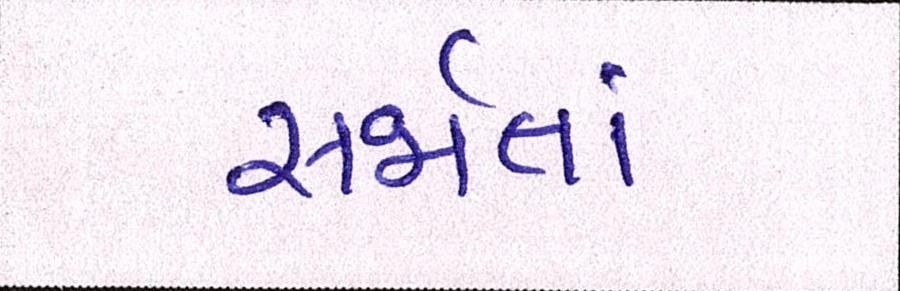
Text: સર્જાતાં